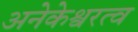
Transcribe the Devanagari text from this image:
अनेकेश्वरत्व